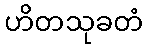
ဟိတသုခတံ